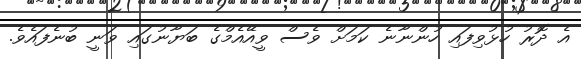
އެ ދޮރު ހުޅުވިފައި ހުންނާނެ ކަމަށް ވެސް ވީއޭއެމްގެ ބަޔާނުގައި ވަނީ ބުނެފައެވެ.